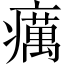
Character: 癘